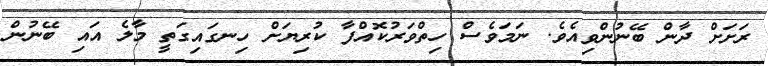
ރަށަށް ދާން ބޭނުންވިއެވެ. ނަމަވެސް ހިތްވަރުކޮއްފާ ކުރިޔަށް ހިނގައިގަތީ މާލެ އައި ބޭނުން